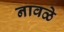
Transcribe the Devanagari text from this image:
नावळे